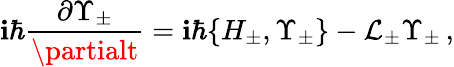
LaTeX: \mathbf{i}\hbar\frac{{\partial\Upsilon_{\pm}}}{{\partialt}}=\mathbf{i}\hbar\{ H_{\pm},\Upsilon_{\pm}\} -\mathcal{{L}}_{\pm}\Upsilon_{\pm}\, ,